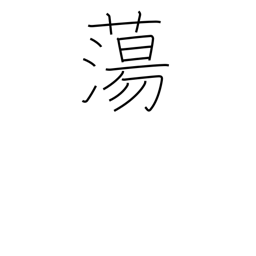
Meaning: melt